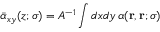
\bar { \alpha } _ { x y } ( z ; \sigma ) = A ^ { - 1 } \int d x d y \, \alpha ( \mathbf { r } , \mathbf { r } ; \sigma )